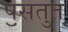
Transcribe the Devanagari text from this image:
पॖसतुत